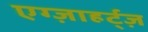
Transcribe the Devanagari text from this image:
एग्ज़ाहर्ट्ज़